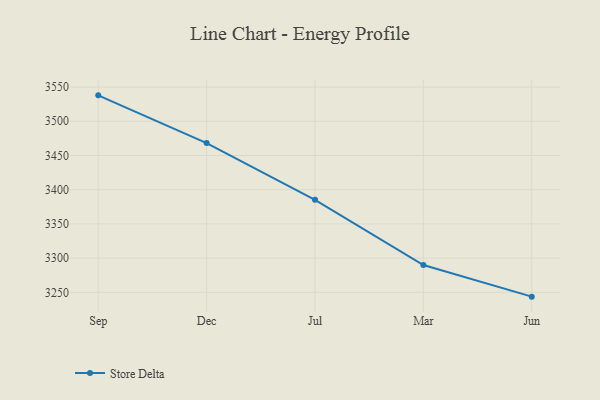
{"axis": {"x": "Month", "y": "Humidity (%)"}, "legend": ["Store Delta"], "data": [{"x": "Sep", "y": 3537.9, "type": "Store Delta"}, {"x": "Dec", "y": 3468.1, "type": "Store Delta"}, {"x": "Jul", "y": 3385.2, "type": "Store Delta"}, {"x": "Mar", "y": 3289.9, "type": "Store Delta"}, {"x": "Jun", "y": 3243.7, "type": "Store Delta"}]}